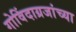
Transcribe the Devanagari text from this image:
गोविंदाग्रजांच्या